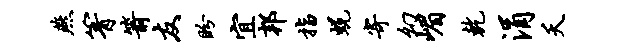
燕箐箭友盼宜邦指蜕寄幻嵋乾涓夭